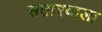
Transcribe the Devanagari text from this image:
सतारवाला